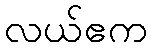
လယ်ဧက